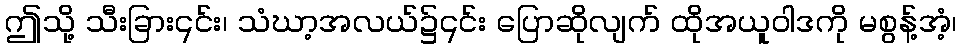
ဤသို့ သီးခြား၎င်း၊ သံဃာ့အလယ်၌၎င်း ပြောဆိုလျက် ထိုအယူဝါဒကို မစွန့်အံ့၊